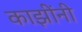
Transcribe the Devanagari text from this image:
काझींनी